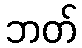
ဘတ်